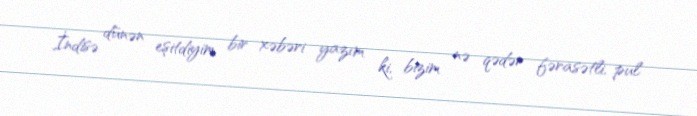
İndisə dünən eşitdiyim bir xəbəri yazım ki, bizim nə qədər fərasətli, pul